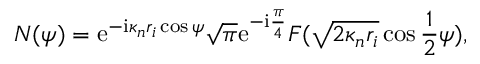
N ( \psi ) = \mathrm { e } ^ { - \mathrm { i } \kappa _ { n } r _ { i } \cos \psi } \sqrt { \pi } \mathrm { e } ^ { - \mathrm { i } \frac { \pi } { 4 } } F ( \sqrt { 2 \kappa _ { n } r _ { i } } \cos \frac { 1 } { 2 } \psi ) ,